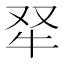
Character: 𤘩